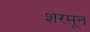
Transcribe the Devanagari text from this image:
शरमून